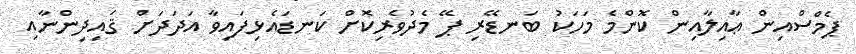
ޕެމްސްއިން ޢާއިލާއިން ކޮންމެ މަހަކު ބަނޑޭރި ޕޭ މެދުވެރިކޮށް ކަނޑައެޅިފައިވާ އަދަދަށް ޤައިދިންނާއި